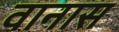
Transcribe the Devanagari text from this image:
वानास